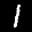
Label: 1